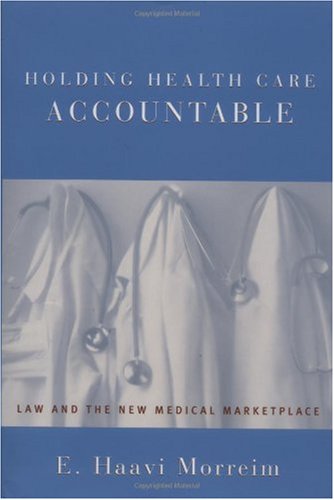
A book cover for Holding Health Care Accountable: Law and the New Medical Marketplace; E. Haavi Morreim; Law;